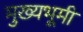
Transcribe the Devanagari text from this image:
मुख्यभूमी